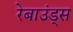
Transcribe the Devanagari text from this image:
रेबाउंड्स